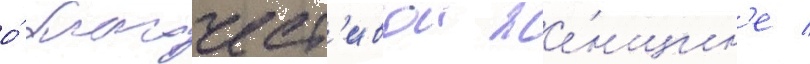
о́ благочест'ивои же́нщин'е /